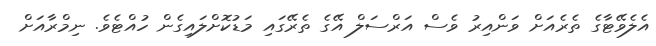
އެލެވޭޓާގެ ތެރެއަށް ވަންއިރު ވެސް އަރްސަލް އޭގެ ތެރޭގައި މަޑުކޮށްލައިގެން ހުއްޓެވެ. ނިމްރާއަށް